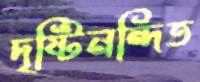
দৃষ্টিনন্দিত